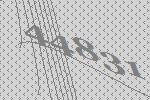
44831